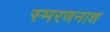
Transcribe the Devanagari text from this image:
स्मरणनाश